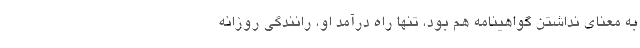
به معناي نداشتن گواهينامه هم بود، تنها راه درآمد او، رانندگي روزانه